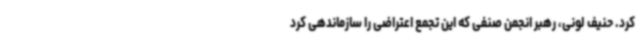
کرد. حنیف لونی، رهبر انجمن صنفی که این تجمع اعتراضی را سازماندهی کرد